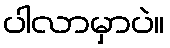
ပါလာမှာပဲ။